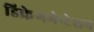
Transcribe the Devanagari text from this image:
डिफ्रेगमेन्टेशन